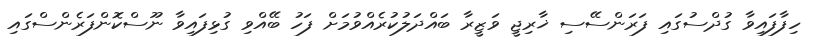
ހިފާފައިވާ ގުދްސުގައި ފަރަންސޭސި ޚާރިޖީ ވަޒީރާ ބައްދަލުކުރެއްވުމަށް ފަހު ބޭއްވި ގުޅިފައިވާ ނޫސްކޮންފަރެންސްގައި